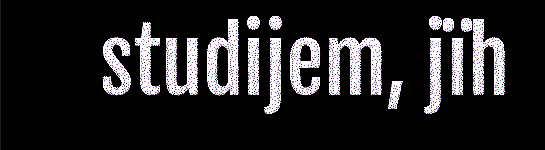
studijem, jïh